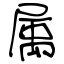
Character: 属